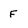
Character: F